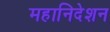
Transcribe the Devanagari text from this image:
महानिदेशन